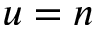
u = n